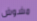
مشوش